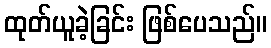
ထုတ်ယူခဲ့ခြင်း ဖြစ်ပေသည်။